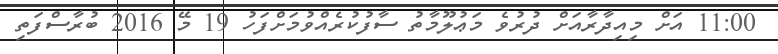
11:00 އަށް މިއިދާރާއަށް ދުރުވެ މަޢުލޫމާތު ސާފުކުރެއްވުމަށްފަހު 19 މޭ 2016 ބުރާސްފަތި